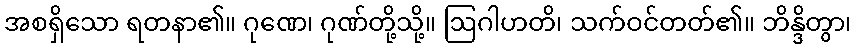
အစရှိသော ရတနာ၏။ ဂုဏေ၊ ဂုဏ်တို့သို့။ ဩဂါဟတိ၊ သက်ဝင်တတ်၏။ ဘိန္ဒိတွာ၊